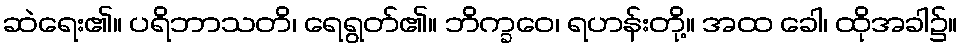
ဆဲရေး၏။ ပရိဘာသတိ၊ ရေရွတ်၏။ ဘိက္ခဝေ၊ ရဟန်းတို့။ အထ ခေါ၊ ထိုအခါ၌။